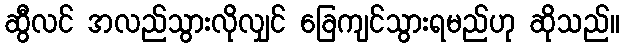
ဆွီလင် အလည်သွားလိုလျှင် ခြေကျင်သွားရမည်ဟု ဆိုသည်။